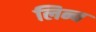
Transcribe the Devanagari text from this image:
लिन्च